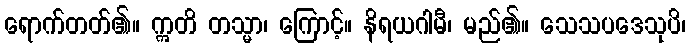
ရောက်တတ်၏။ ဣတိ တသ္မာ၊ ကြောင့်။ နိရယဂါမီ၊ မည်၏။ သေသပဒေသုပိ၊